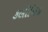
કલીનિક